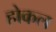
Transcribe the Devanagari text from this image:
होकल